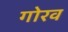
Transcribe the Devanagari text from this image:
गोरव